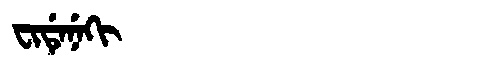
Manchu: ᠸᡳᡩᡝᠨᡝᡴᡳ
Romanization: FIDENEKI